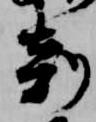
剋